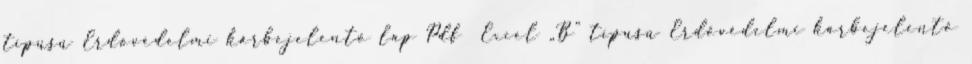
típusú Erdővédelmi kárbejelentő lap Pdf Excel „B” típusú Erdővédelmi kárbejelentő